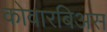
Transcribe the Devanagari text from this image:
कोवारबिअस